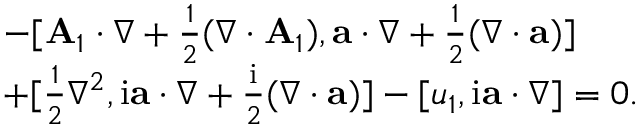
\begin{array} { r l } & { - [ \mathbf { A } _ { 1 } \cdot \nabla + \frac { 1 } { 2 } ( \nabla \cdot \mathbf { A } _ { 1 } ) , \mathbf { a } \cdot \nabla + \frac { 1 } { 2 } ( \nabla \cdot \mathbf { a } ) ] } \\ & { + [ \frac { 1 } { 2 } \nabla ^ { 2 } , \mathrm { i } \mathbf { a } \cdot \nabla + \frac { \mathrm { i } } { 2 } ( \nabla \cdot \mathbf { a } ) ] - [ u _ { 1 } , \mathrm { i } \mathbf { a } \cdot \nabla ] = 0 . } \end{array}